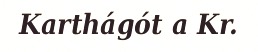
Karthágót a Kr.